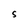
Character: S